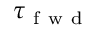
\tau _ { \mathrm { ~ f ~ w ~ d ~ } }